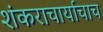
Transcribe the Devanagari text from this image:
शंकराचार्याचाच